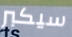
سيكبر